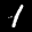
Label: 1